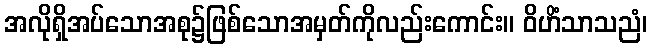
အလိုရှိအပ်သောအစု၌ဖြစ်သောအမှတ်ကိုလည်းကောင်း။ ဝိဟိံသာသညံ၊